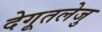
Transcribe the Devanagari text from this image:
देगूतलेजु